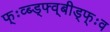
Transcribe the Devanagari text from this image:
फ्ःव्ब्ड्फ्व्बीड्फ्ःव